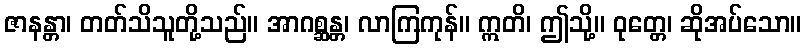
ဇာနန္တာ၊ တတ်သိသူတို့သည်။ အာဂစ္ဆန္တ၊ လာကြကုန်။ ဣတိ၊ ဤသို့။ ဝုတ္တေ၊ ဆိုအပ်သော။